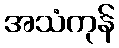
အသံကုန်